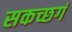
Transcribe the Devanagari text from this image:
सकच्छगं